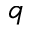
q